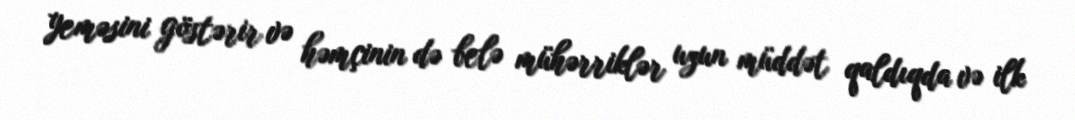
yeməsini göstərir və həmçinin də belə mühərriklər uzun müddət qaldıqda və ilk